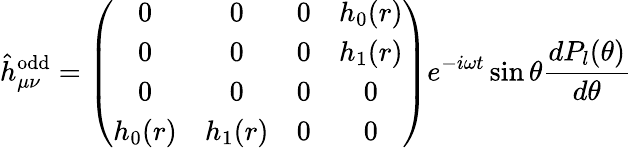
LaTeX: \hat{h}_{\mu\nu}^{\mathrm{odd}}=\left(\begin{array}{cccc}{{0}}&{{0}}&{{0}}&{{h_{0}(r)}}\\ {{0}}&{{0}}&{{0}}&{{h_{1}(r)}}\\ {{0}}&{{0}}&{{0}}&{{0}}\\ {{h_{0}(r)}}&{{h_{1}(r)}}&{{0}}&{{0}}\end{array}\right)e^{-i\omega t}\sin\theta{\frac{dP_{l}(\theta)}{d\theta}}